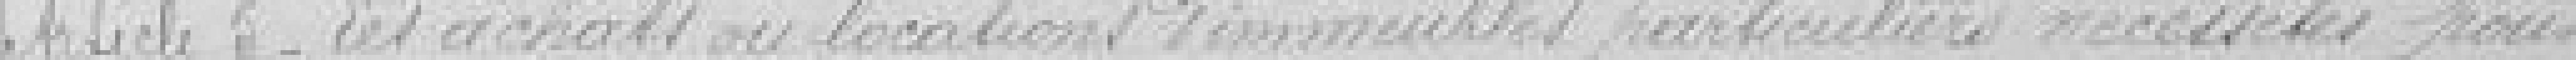
Article cinq. Les achats ou locations d'immeubles particuliers nécessités pour